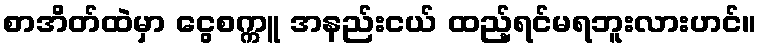
စာအိတ်ထဲမှာ ငွေစက္ကူ အနည်းငယ် ထည့်ရင်မရဘူးလားဟင်။